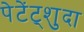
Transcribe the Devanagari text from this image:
पेटेंट्शुदा